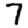
Digit: 7